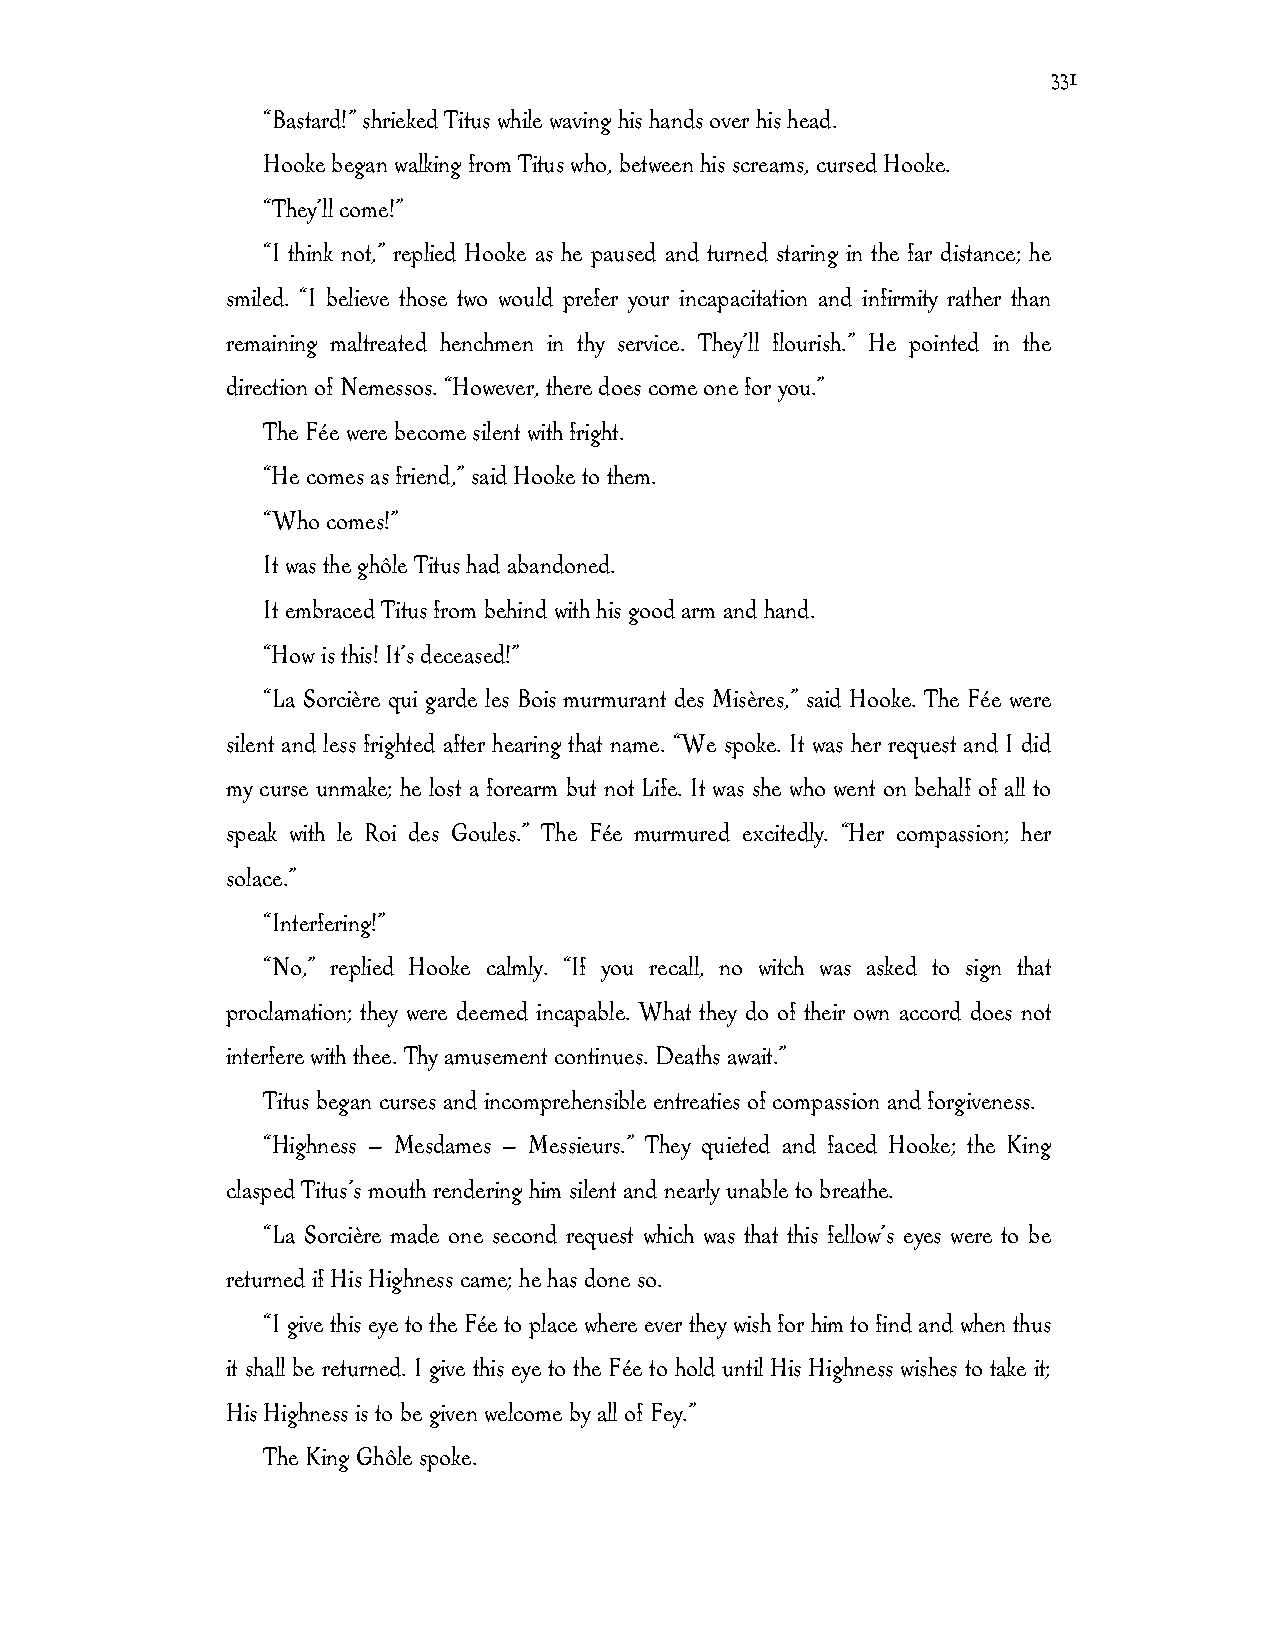
331
 “Bastard!” shrieked Titus while waving his hands over his head.
 Hooke began walking from Titus who, between his screams, cursed Hooke.
 “They’ll come!”
 “I think not,” replied Hooke as he paused and turned staring in the far distance; he
 smiled. “I believe those two would prefer your incapacitation and infirmity rather than
 remaining maltreated henchmen in thy service. They’ll flourish.” He pointed in the
 direction of Nemessos. “However, there does come one for you.”
 The Fée were become silent with fright.
 “He comes as friend,” said Hooke to them.
 “Who comes!”
 It was the ghôle Titus had abandoned.
 It embraced Titus from behind with his good arm and hand.
 “How is this! It’s deceased!”
 “La Sorcière qui garde les Bois murmurant des Misères,” said Hooke. The Fée were
 silent and less frighted after hearing that name. “We spoke. It was her request and I did
 my curse unmake; he lost a forearm but not Life. It was she who went on behalf of all to
 speak with le Roi des Goules.” The Fée murmured excitedly. “Her compassion; her
 solace.”
 “Interfering!”
 “No,” replied Hooke calmly. “If you recall, no witch was asked to sign that
 proclamation; they were deemed incapable. What they do of their own accord does not
 interfere with thee. Thy amusement continues. Deaths await.”
 Titus began curses and incomprehensible entreaties of compassion and forgiveness.
 “Highness — Mesdames — Messieurs.” They quieted and faced Hooke; the King
 clasped Titus’s mouth rendering him silent and nearly unable to breathe.
 “La Sorcière made one second request which was that this fellow’s eyes were to be
 returned if His Highness came; he has done so.
 “I give this eye to the Fée to place where ever they wish for him to find and when thus
 it shall be returned. I give this eye to the Fée to hold until His Highness wishes to take it;
 His Highness is to be given welcome by all of Fey.”
 The King Ghôle spoke.